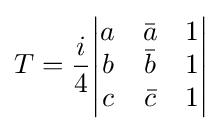
T={\frac {i}{4}}{\begin{vmatrix}a&{\bar {a}}&1\\b&{\bar {b}}&1\\c&{\bar {c}}&1\end{vmatrix}}